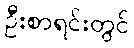
ဦးစာရင်းတွင်